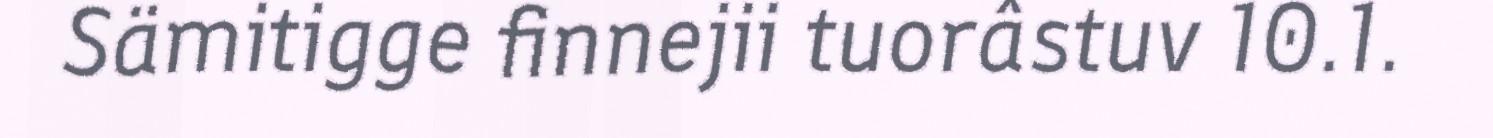
Sämitigge finnejii tuorâstuv 10.1.